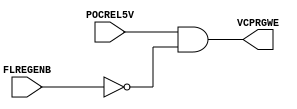
//
// Copyright (C) 2010 Renesas Electronics Corporation. All rights reserved.
// Verilog-Model
// DF3.0    2010.06.30 Takashi.Kawano
//                     New Create
// v1.0     2010.07.22 T.Kawano
//                     Version change
// v1.01    2010.08.19 R.Arakawa
//                     POCREL5V changed.
//
/*
##################################################################
#   PDB Version : v1.01
#   LIB Version : v1.01
#   MF3_SS3rd Series Regulator Macro for Flash
#   Macro Name : QNSC3NREG1V2
##################################################################
*/

`timescale 1ps / 1ps
`celldefine
`ifdef verifault
    `suppress_faults
    `enable_portfaults
`endif

module QNSC3NREG1V2 ( POCREL5V, FLREGENB, VCPRGWE );

output  VCPRGWE;
input   POCREL5V;
input   FLREGENB;

buf (_FLREGENB, FLREGENB);
buf (_POCREL5V, POCREL5V);
buf (VCPRGWE, _VCPRGWE);

assign _VCPRGWE = _POCREL5V & ~_FLREGENB;

`ifdef QNSXXXX_ASSERT_ON
`include "./ast/sv_file/QNSC3NREG1V2.sv"
`endif

endmodule

`ifdef verifault
    `nosuppress_faults
    `disable_portfaults
`endif
`endcelldefine